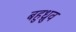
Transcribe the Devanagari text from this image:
बहुध्रुव